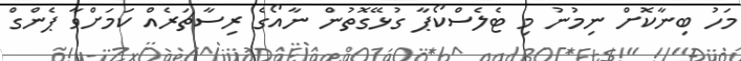
މަހު ބިނާކޮށް ނިމުނު މި ޓެލެސްކޯޕާ ގުޅޭގޮތުން ނާއޯގެ ރިސާޗަރެއް ކަމަށްވާ ޕެންގް